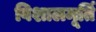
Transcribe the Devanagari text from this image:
विशालमूर्ति